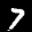
Label: 7